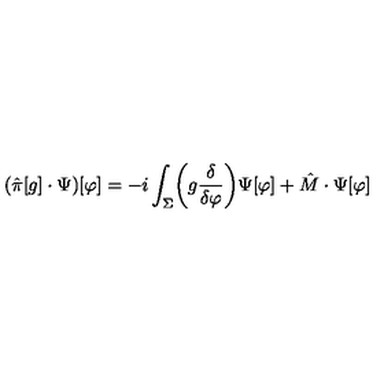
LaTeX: ( \hat { \pi } [ g ] \cdot \Psi ) [ \varphi ] = - i \int _ { \Sigma } \biggl ( g { \frac { \delta } { \delta \varphi } } \biggr ) \Psi [ \varphi ] + \hat { M } \cdot \Psi [ \varphi ]